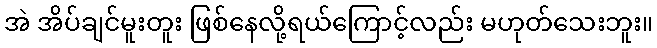
အဲ အိပ်ချင်မူးတူး ဖြစ်နေလို့ရယ်ကြောင့်လည်း မဟုတ်သေးဘူး။